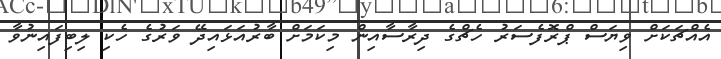
އެއްޗަކަށް ވިޔަސް ޕްރޮފެސަރު ހެޗްގެ ދިރާސާއިން މިކަމަށް ބާރުއަޅައިދޭ ވަރުގެ ހެކި ލިބިފައިނުވާ